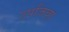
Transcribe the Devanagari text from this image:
उपजिव्हा